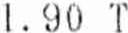
1.90 T